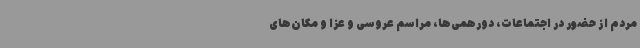
مردم از حضور در اجتماعات، دورهمی‌ها، مراسم عروسی و عزا و مکان‌های